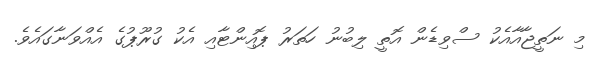
މި ނަތީޖާއާއެކު ސްވިޑެން އޮތީ ލިބުނު ހަތަރު ޕޮއިންޓާއި އެކު ގުރޫޕުގެ އެއްވަނާގައެވެ.